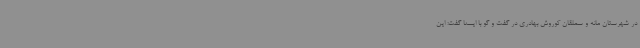
در شهرستان مانه و سملقان کوروش بهادری در گفت و گو با ایسنا گفت: این